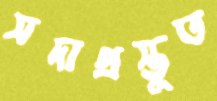
সদাপ্রস্তুত